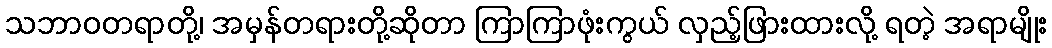
သဘာဝတရာတို့၊ အမှန်တရားတို့ဆိုတာ ကြာကြာဖုံးကွယ် လှည့်ဖြားထားလို့ ရတဲ့ အရာမျိုး